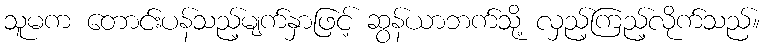
သူမက တောင်းပန်သည့်မျက်နှာဖြင့် ဆွန်ယာဘက်သို့ လှည့်ကြည့်လိုက်သည်။